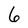
Character: 6